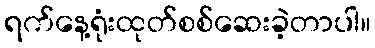
ရက်နေ့ရုံးထုတ်စစ်ဆေးခဲ့တာပါ။